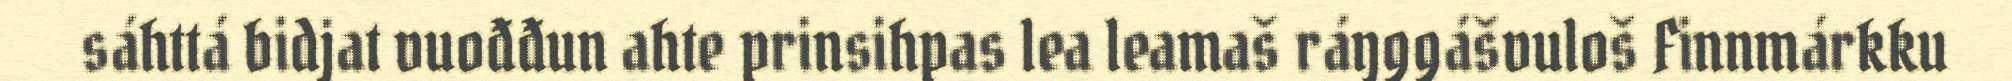
sáhttá bidjat vuođđun ahte prinsihpas lea leamaš ráŋggášvuloš Finnmárkku